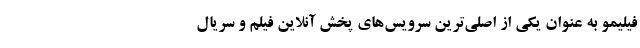
فیلیمو به عنوان یکی از اصلی‌ترین سرویس‌های پخش آنلاین فیلم و سریال